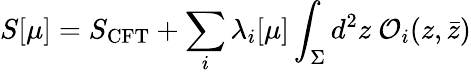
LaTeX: S[\mu]=S_{\mathrm{CFT}}+\sum_{i}\lambda_{i}[\mu]\int_{\Sigma}d^{2}z~{\cal O}_{i}(z,\bar{z})